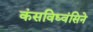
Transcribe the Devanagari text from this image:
कंसविध्वंसिने